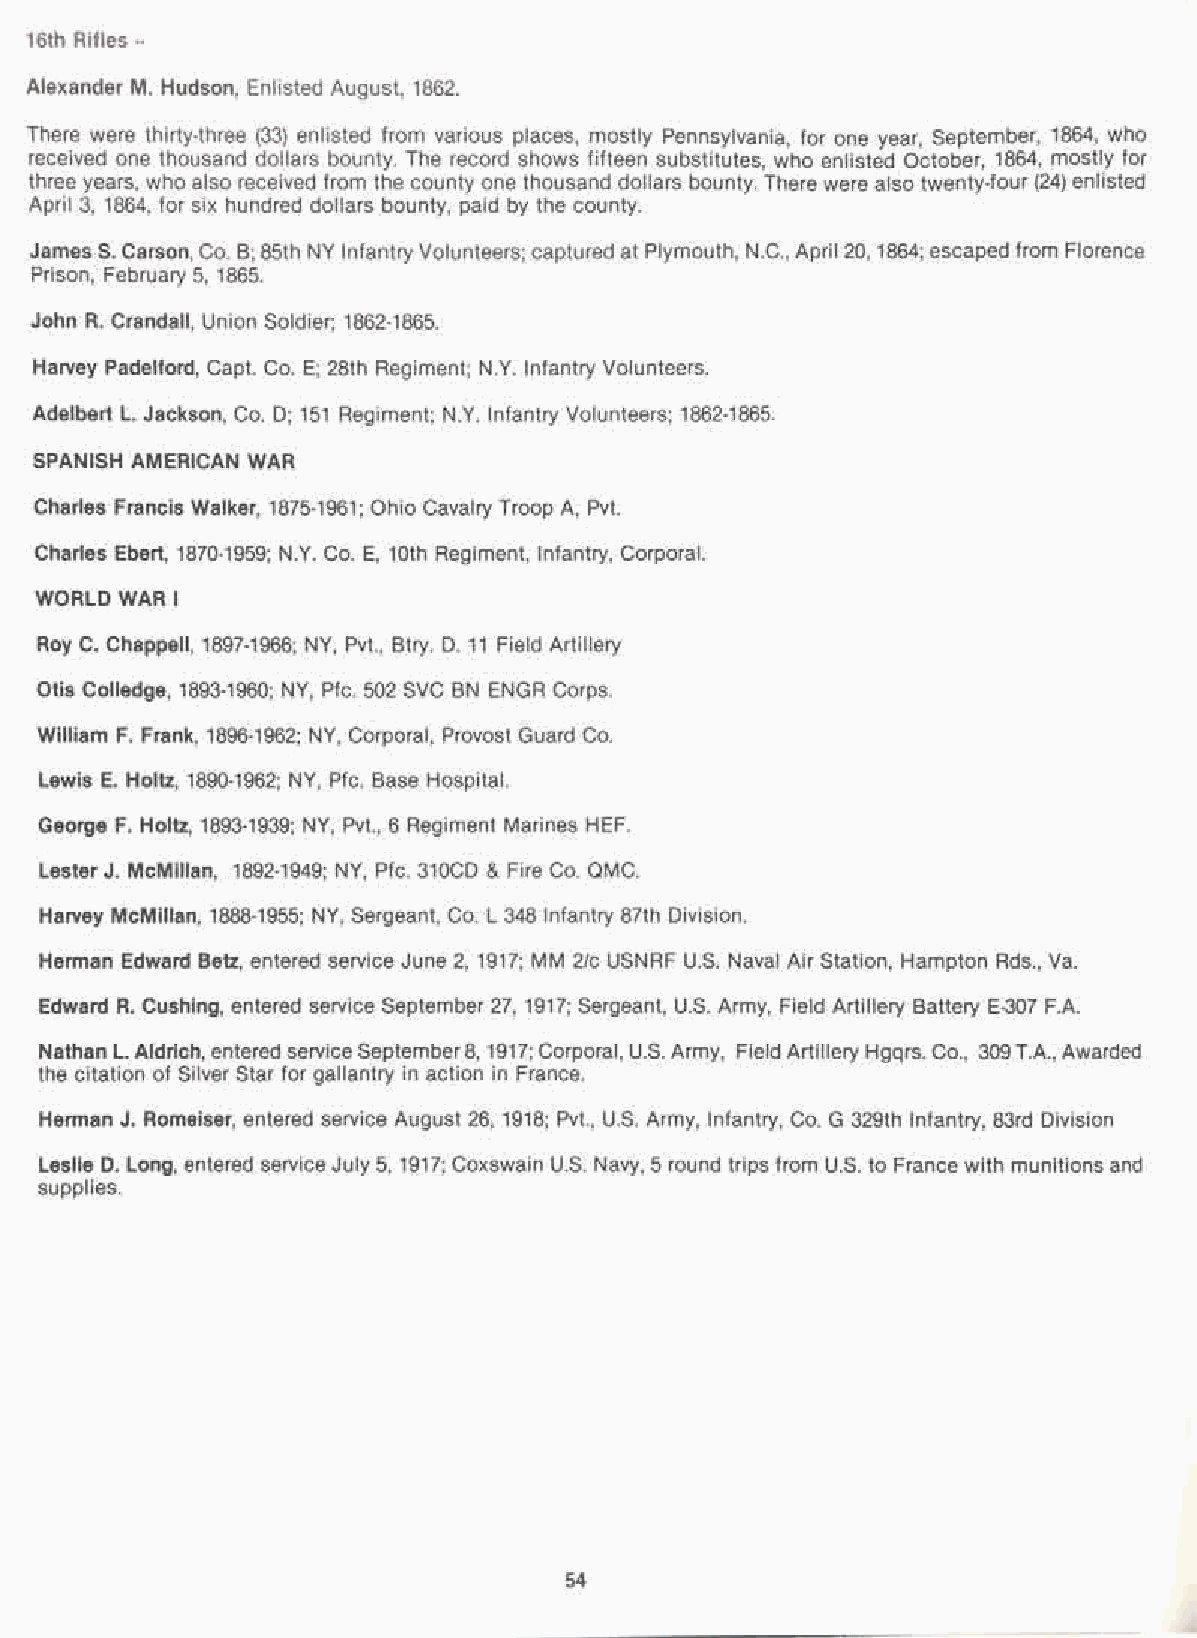
16th Rifles --
 Alexander M. Hudson, Enlisted August, 1862.
 There were thirty-three (33) enlisted from various places, mostly Pennsylvania, for one year, September, 1864, who
 received one thousand dollars bounty. The record shows fifteen substitutes, who enlisted October, 1864, mostly for
 three years, who also received from the county one thousand dollars bounty. There were also twenty-four (24) enlisted
 April 3, 1864, for six hundred dollars bounty, paid by the county.
 JamesS. Carson, Co. B; 85th NY InfantryVolunteers; captured at Plymouth, N.C., April 20, 1864; escaped from Florence
 Prison, February 5, 1865.
 John R. Crandall, Union Soldier; 1862-1865.
 Harvey Padelford, Capt. Co. E; 28th Regiment; N.Y. Infantry Volunteers.
 Adelbert L. Jackson, Co. D; 151 Regiment; N.Y. Infantry Volunteers; 1862-1865.
 SPANISH AMERICAN WAR
 Charles Francis Walker, 1875-1961; Ohio Cavalry Troop A, Pvt.
 Charles Ebert, 1870-1959; N.Y. Co. E, 10th Regiment, Infantry, Corporal.
 WORLD WAR I
 Roy C. Chappell, 1897-1966; NY, Pvt., Btry. D. 11 Field Artillery
 Otis Colledge, 1893-1960; NY, Pfc. 502 SVC BN ENGR Corps.
 William F. Frank, 1896-1962; NY, Corporal, Provost Guard Co.
 Lewis E. Holtz, 1890-1962; NY, Pfc. Base Hospital.
 George F. Holtz, 1893-1939; NY, Pvt., 6 Regiment Marines HEF.
 Lester J. McMillan, 1892-1949; NY, Pfc. 310CD & Fire Co. QMC.
 Harvey McMillan, 1888-1955; NY, Sergeant, Co. L 348 Infantry 87th Division.
 Herman Edward Betz, entered service June 2, 1917; MM 2/c USNRF U.S. Naval Air Station, Hampton Rds., Va.
 Edward R. Cushing, entered service September 27, 1917; Sergeant, U.S. Army, Field Artillery Battery E-307 F.A.
 Nathan L. Aldrich, entered serviceSeptember8,1917; Corporal, U.S. Army, Field Artillery Hgqrs. Co., 309T.A., Awarded
 the citation of Silver Star for gallantry in action in France.
 Herman J. Romeiser, entered service August 26, 1918; Pvt., U.S. Army, Infantry, Co. G 329th Infantry, 83rd Division
 Leslie D. Long, entered service July 5, 1917; Coxswain U.S. Navy, 5 round trips from U.S. to France with munitions and
 supplies.
 54